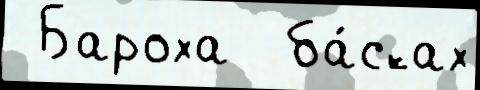
 Бароха  ба́сках